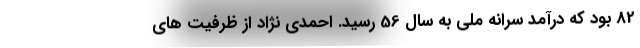
82 بود که درآمد سرانه ملی به سال 56 رسید. احمدی نژاد از ظرفیت های